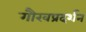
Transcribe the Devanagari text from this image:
गौरवप्रदर्शन